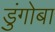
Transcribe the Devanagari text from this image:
डुंगोबा